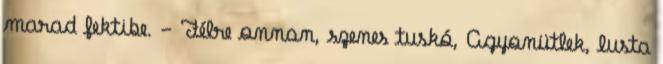
marad fektibe. - Félre onnan, szenes tuskó, Agyonütlek, lusta